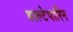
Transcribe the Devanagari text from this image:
डाल्टेपारिन